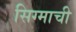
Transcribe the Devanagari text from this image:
सिग्माची